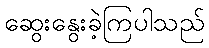
ဆွေးနွေးခဲ့ကြပါသည်